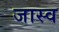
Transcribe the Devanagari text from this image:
जास्व